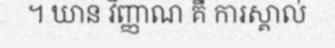
។ ឃាន វិញ្ញាណ គឺ ការស្គាល់